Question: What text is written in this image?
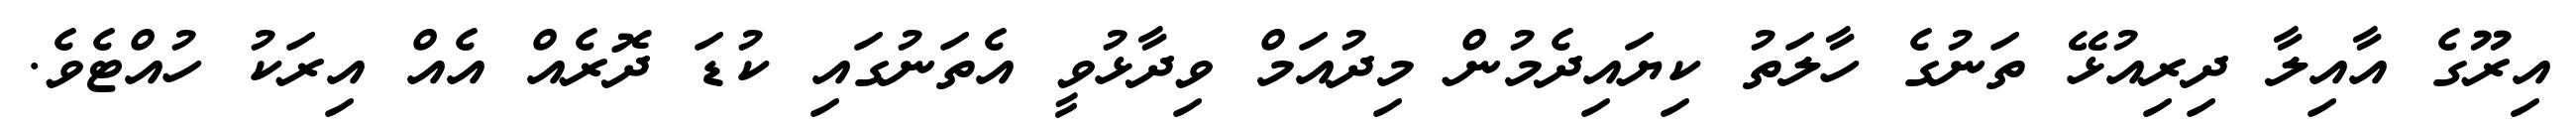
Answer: އިރޫގެ އާއިލާ ދިރިއުޅޭ ތަނުގެ ހާލަތު ކިޔައިދެމުން މިދުއަމް ވިދާޅުވީ އެތަނުގައި ކުޑަ ދޮރެއް އެއް އިރަކު ހުއްޓެވެ.